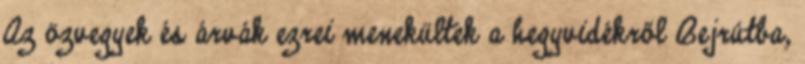
Az özvegyek és árvák ezrei menekültek a hegyvidékről Bejrútba,